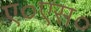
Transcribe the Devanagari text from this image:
ए०एस०